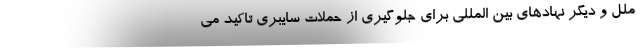
ملل و دیگر نهادهای بین المللی برای جلوگیری از حملات سایبری تاکید می